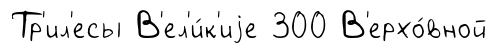
Тр'ил'есы В'ел'и́к'иjе 300 В'ерхо́вной